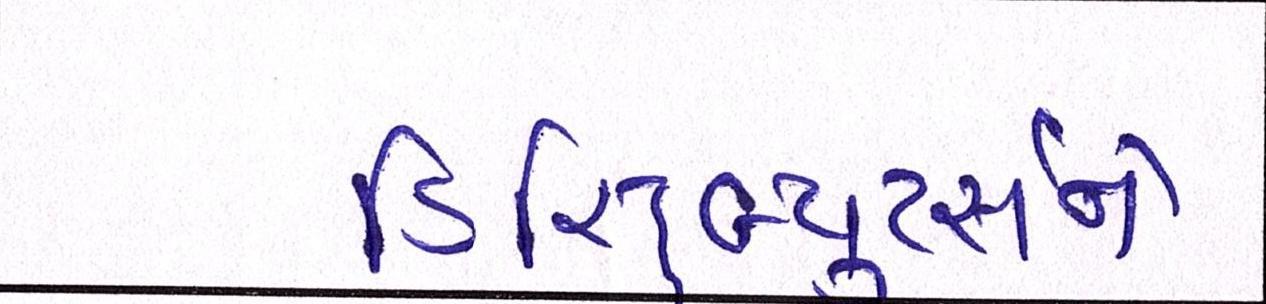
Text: ડિસ્ટ્રિબ્યુટર્સને